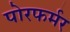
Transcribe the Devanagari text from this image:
पोरफर्मर